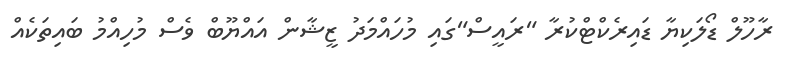
ރާހޫލް ޑޯލަކިޔާ ޑައިރެކްޓްކުރާ "ރައީސް"ގައި މުހައްމަދު ޒީޝާން އައްޔޫބް ވެސް މުހިއްމު ބައިތަކެއް